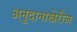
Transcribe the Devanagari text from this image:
अनुदानाखेरीज